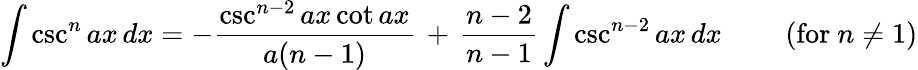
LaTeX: \int\csc^{n}{ax}\, dx=-{\frac{\csc^{n-2}{ax}\cot{ax}}{a(n-1)}}\, +\, {\frac{n-2}{n-1}}\int\csc^{n-2}{ax}\, dx\qquad{\mathrm{~(for~}}n\neq 1{\mathrm{)}}